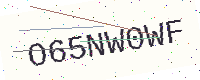
Text: O65NW0WF